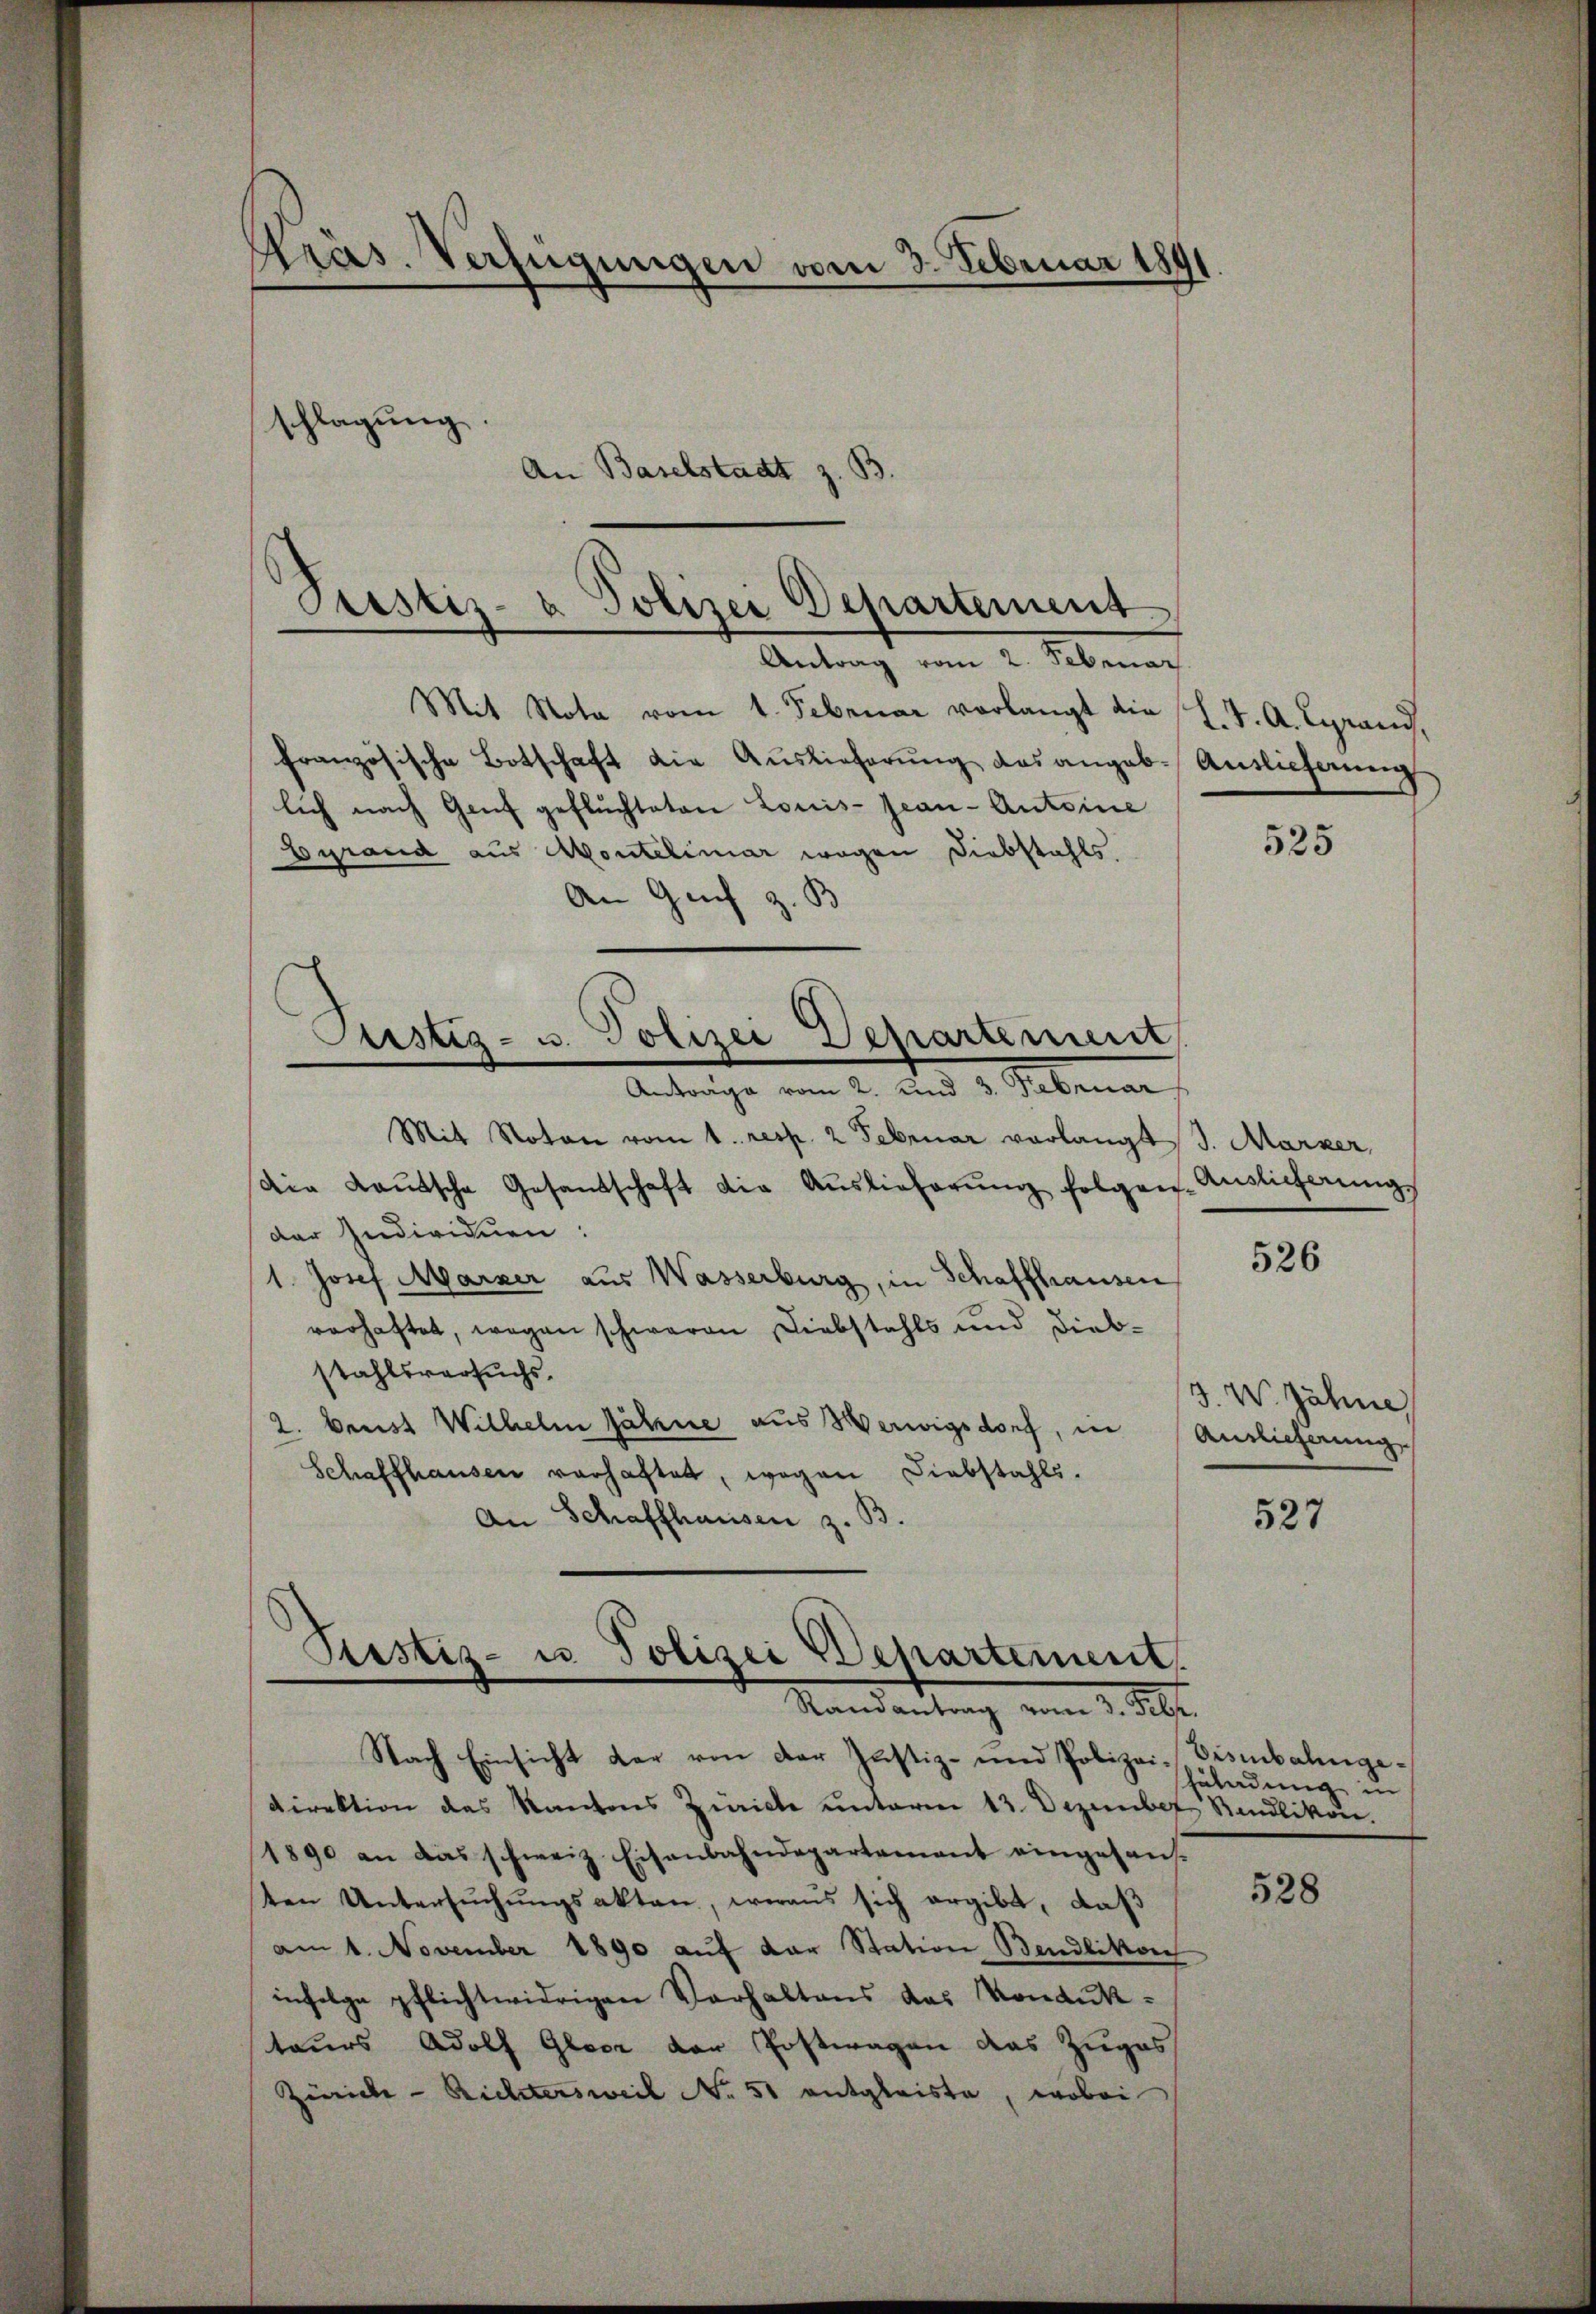
Cräs. Verfügungen vom 3. Februar 189
schlagung
An Baselstadt z. B.

Justiz- & Polizei Departement
Antrag vom 2. Februar

Mit Nota vom 1. Februar vorlangt die L. J. A. Lyrand,
französische Botschaft die Auslieferŭng des angeb. Auslieferung
lich nach Genf gefluchteten Louis-Jean - Antoine
Eyrand aus Montelinar wegen Diebstahls.
An Genf z. B
Mit Noton vom 1. resp. 2 Februar vorlangt S. Marker
Die Laŭtsche Gesandschaft die Aŭslieferŭng folgen Auslieferungs
der Individuen:
1. Josef Marker aus Wasserburg, in Schaffhausen,
verhaftet, wegen schweren Diebstahls und Diebstahlsversuchs.
2. beist Wilhelm jähne aus Verwigsdorf, in Auslieferung,
Schaffhausen verhaftet, wegen Liebstahls.
An Schaffhausen z. B.

Justiz- u. Polizei Departement
Antrage vom 2. und 3. Februar

Ptistiz- u Polizei Departement.
Randantrag vom 3. Febr.

Nach Einsicht der von der Justiz- und Polizei-Deimbalinge¬
Direktion des Kantons Zürich unterm 13. Dezember Rendlikon.
1890 an das schweiz. Eisenbahndepartement eingesant.
ten Untersŭchŭngsakten, woraus sich ergibt, daß
am 1. November 1890 aŭf der Station Bendlikon
infolge pflichtwidrigen Vorhaltens das Kondukteurs Adolf Glocz der Postwagen das Zuges
Zürich - Richtersweil No 51 entgleiste, wobei

525

526

3. W. Jahre

527

Zuladung in

528